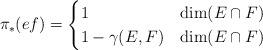
LaTeX: \begin{align*} \pi_*(ef) &= \begin{cases} 1 & \dim(E\cap F) \\ 1-\gamma(E,F) & \dim(E\cap F) \end{cases}\end{align*}